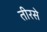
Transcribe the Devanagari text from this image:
तीरसे